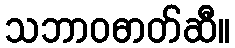
သဘာဝဓာတ်ဆီ။